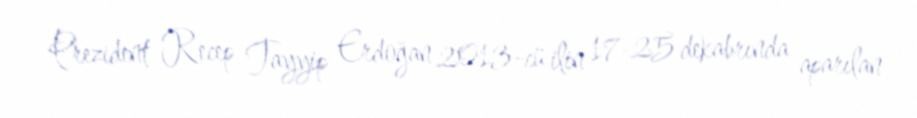
Prezident Recep Tayyip Erdoğan 2013-cü ilin 17-25 dekabrında aparılan